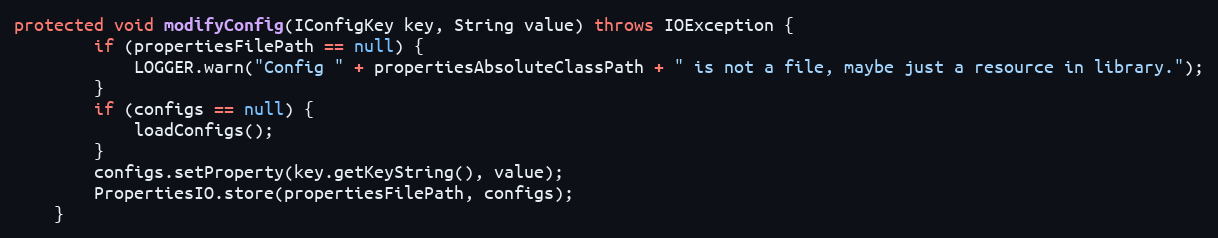
Language: Java
protected void modifyConfig(IConfigKey key, String value) throws IOException {
        if (propertiesFilePath == null) {
            LOGGER.warn("Config " + propertiesAbsoluteClassPath + " is not a file, maybe just a resource in library.");
        }
        if (configs == null) {
            loadConfigs();
        }
        configs.setProperty(key.getKeyString(), value);
        PropertiesIO.store(propertiesFilePath, configs);
    }